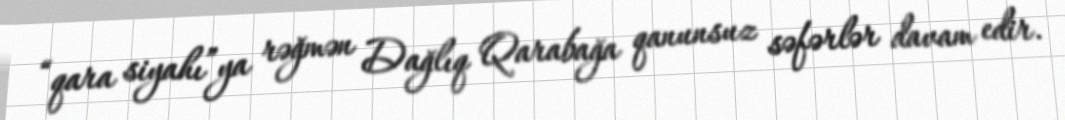
“qara siyahı”ya rəğmən Dağlıq Qarabağa qanunsuz səfərlər davam edir.